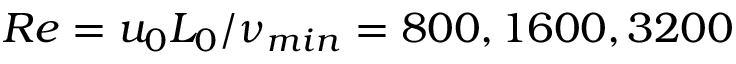
R e = { u _ { 0 } L _ { 0 } } / \nu _ { m i n } = 8 0 0 , 1 6 0 0 , 3 2 0 0